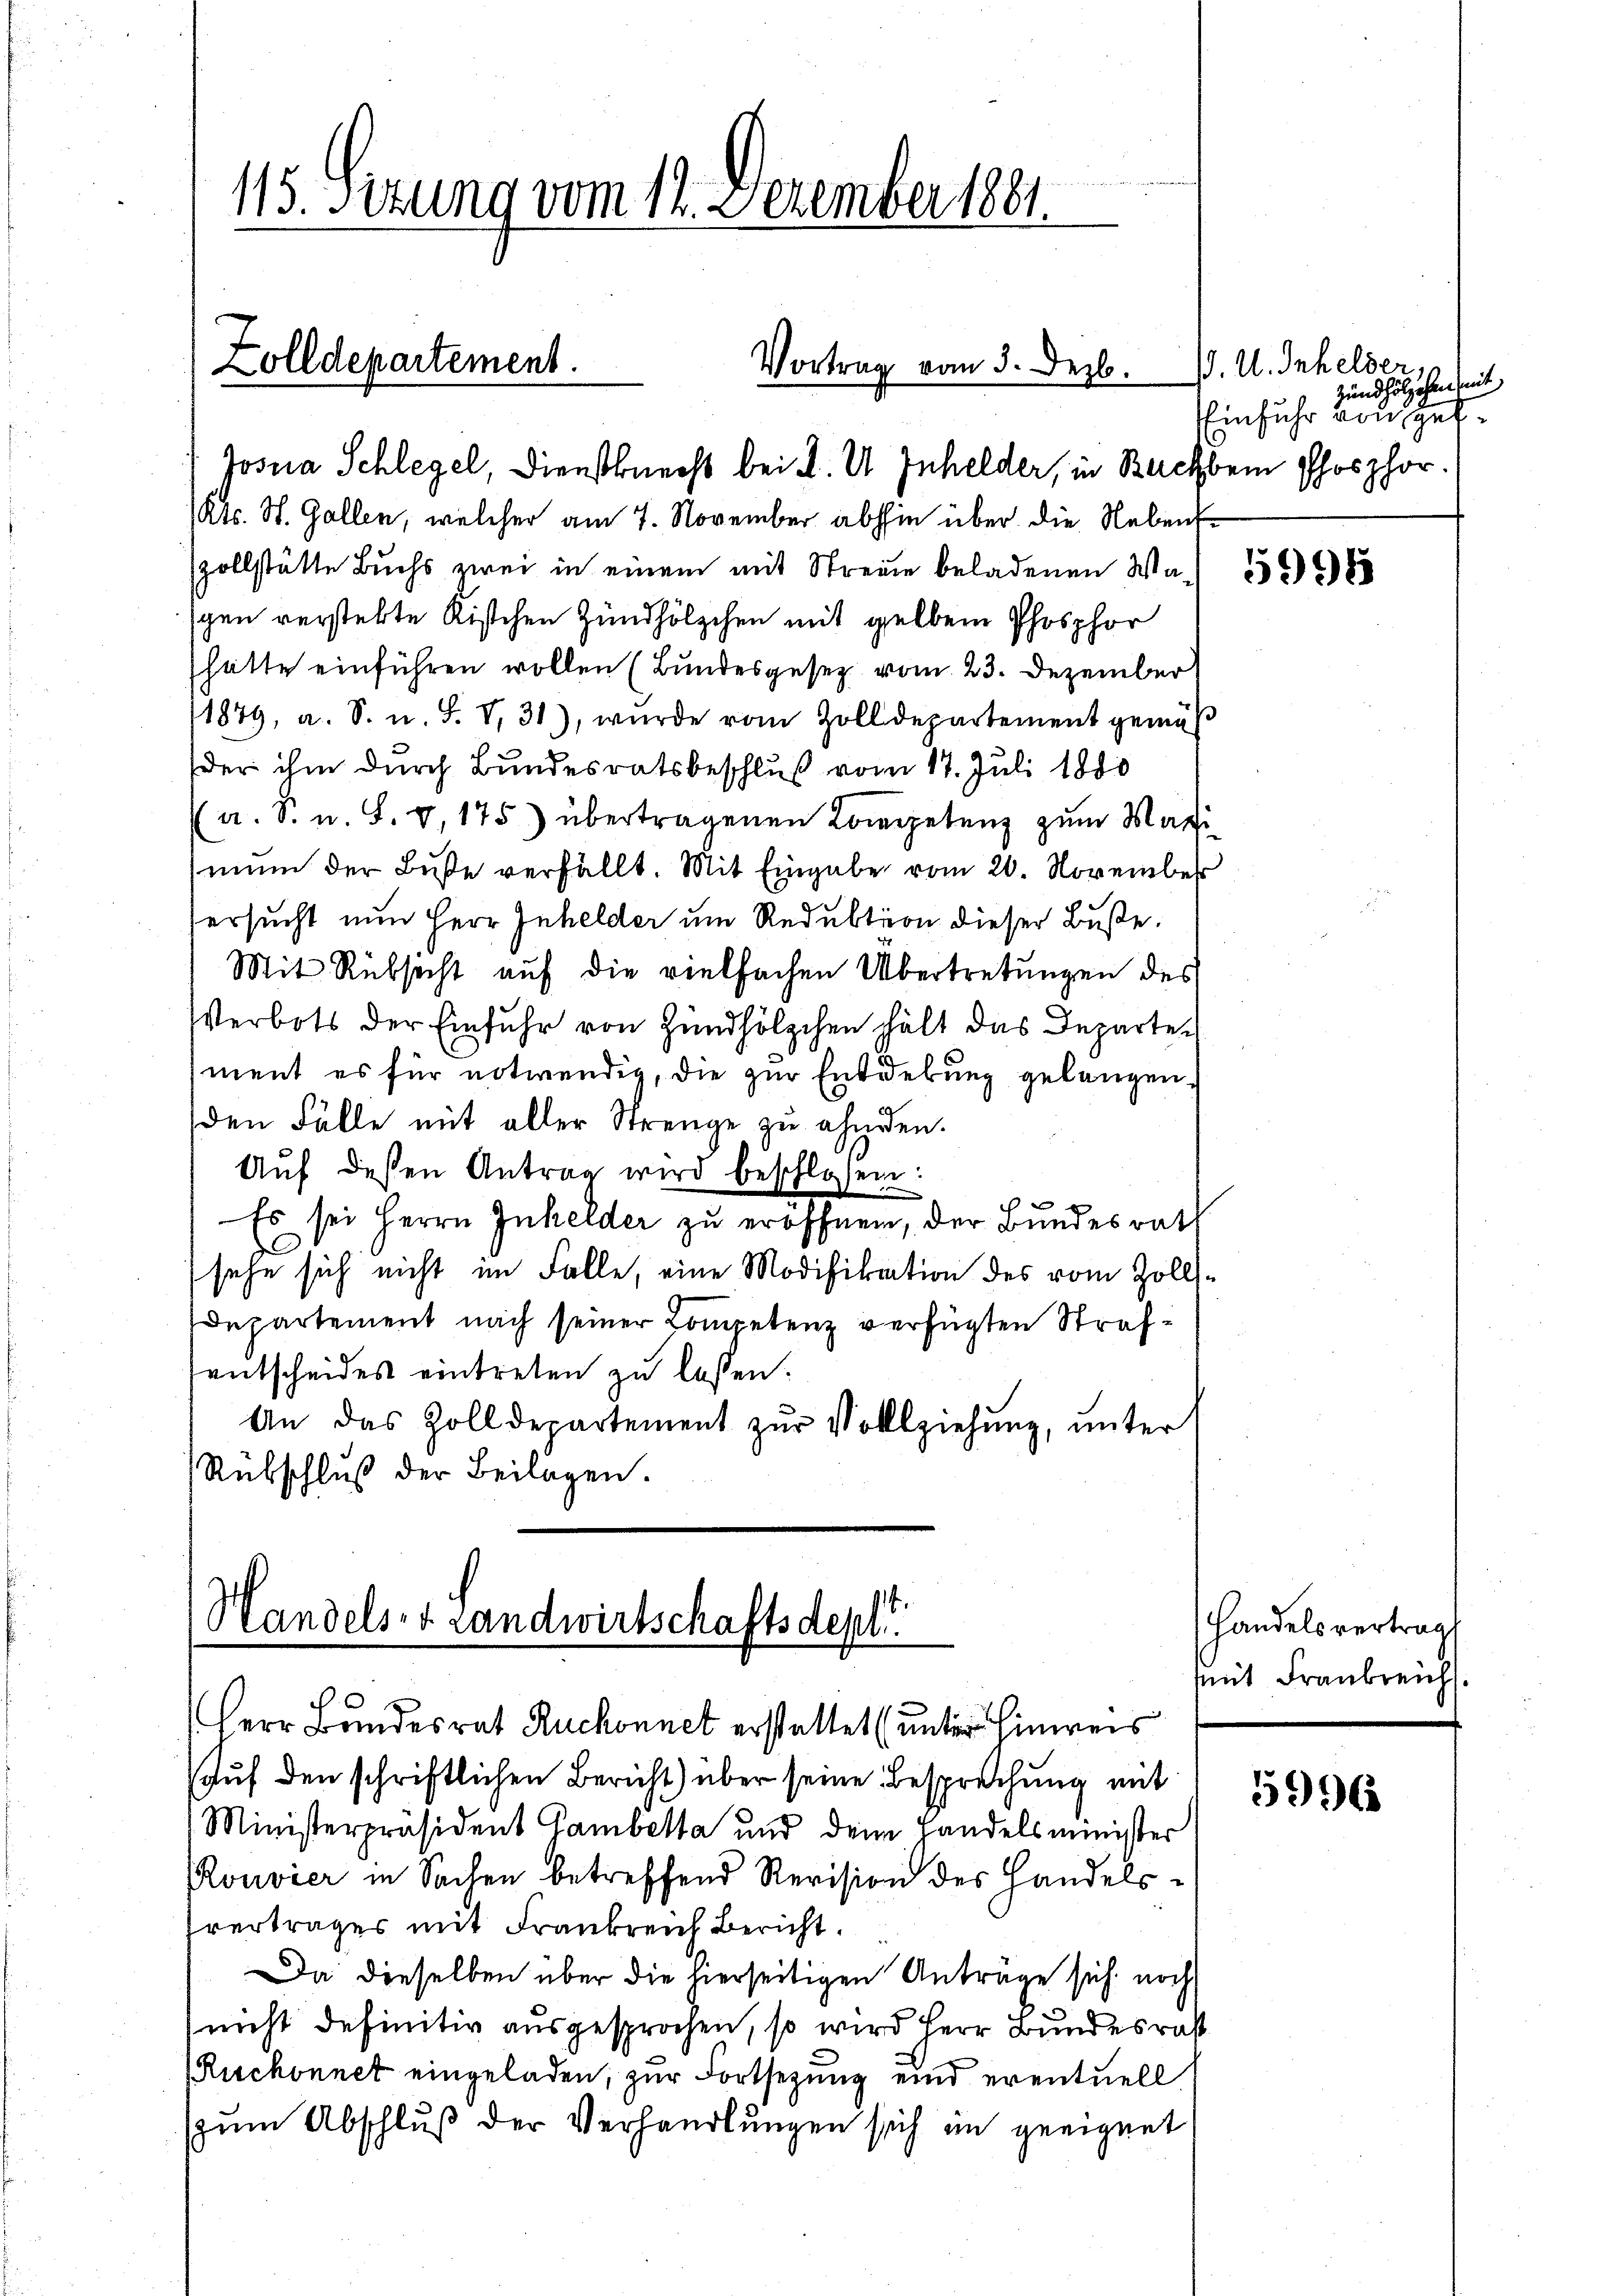
115. Sizung vom 12. Dezember 1881.

Zolldepartement.

Vortrag vom 3. Dezb.

Josua Schlegel, Dienstknecht bei d. U Inhelder, in Bachbein Phosphor.
(Kts. St. Gallen, welcher am 7. November abhin über die Nebentszollstätte Buchs zwei in einem mit Streue beladenen Wa
schen verstelte Rischen Zündhölzchen mit gelben Phosphor
hätte einführen wollen (Bundesgesetz vom 23. Dezember
1879, a. S. u. S. V. 31), wurde vom Zolldepartement gemäß
der ihm durch Bundesratsbeschluß vom 17. Juli 1880
a. S. u. S. 8, 175) übertragenen Kompetenz zum Maxi
mun der Buße verfällt. Mit Eingabe vom 20. November
ersucht nun Herr Inhelder um Reduktion dieser Buße.
Mit Rüksicht auf die vielfachen Übertretungen des
Verbots der Einfuhr von Zündhölzchen hält das Departen
ment es für notwendig, die zur Entdekung gelangen,
den Fälle mit aller Strenge zu ahnden.
Aŭf dessen Antrag wird beschloßen:
Es sei Herrn Inhelder zu eröffnen, der Bundesrath
sehe sich nicht im Falle, eine Modifikation des vom Zolls¬
Departement nach seiner Competenz verfügten Strafentscheides eintreten zu lassen.
An das Zolldepartement zŭr Vollziehung, unter
Rübschluß der Beilagen.

Handels- & Landwirtschaftsdepl
Herr Bandesrat Ruchonnet erstattet (unter Hinweis

Auf den schriftlichen Bericht) über seine Besprechung mit
Ministerpräsident Gambetta und dem Handelsminister
Rouvier in Sachen betreffend Revision des Handelssvertrages mit Frankreich Bericht.
Da dieselben über die hierseitigen Anträge sich noch
(nicht definitiv ausgesprochen, so wird Herr Bundesrat
Ruchonnet eingeladen, zur Fortsezung und eventuell
zum Abschluß der Verhandlungen sich in geeignet

J. U. Inhelder
Zündhölzchen mit,
Einfuhr von Gel¬

Handelsvertrag
mit Fraubreich

5996